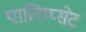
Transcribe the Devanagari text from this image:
पालिम्प्सेट